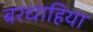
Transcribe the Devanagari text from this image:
बरधाहिया